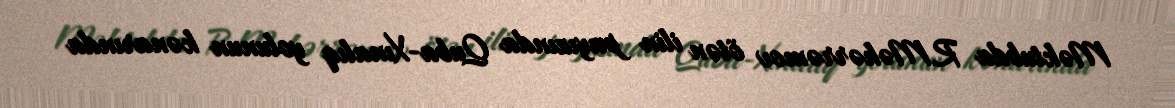
Məktubda R.Məhərrəmov ötən ilin payızında Quba-Xınalıq yolunun kənarında